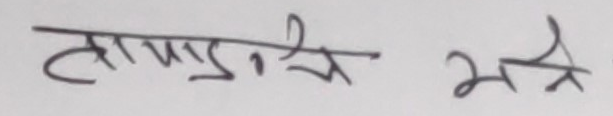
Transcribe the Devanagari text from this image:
टाउकोको मात्रै